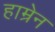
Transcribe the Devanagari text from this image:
हाम्रेन